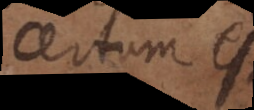
certum